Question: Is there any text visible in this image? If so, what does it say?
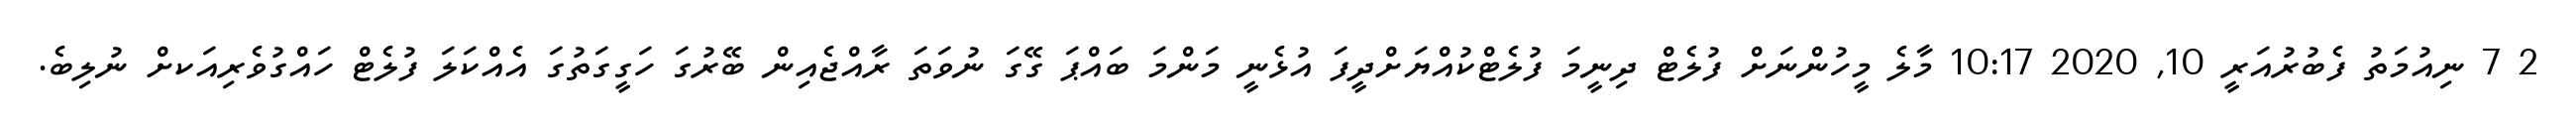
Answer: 2 7 ނިއުމަތު ފެބުރުއަރީ 10, 2020 10:17 މާލެ މީހުންނަށް ފުލެޓް ދިނީމަ ފުލެޓްކުއްޔަށްދީފަ އުޅެނީ މަންމަ ބައްޕަ ގޭގަ ނުވަތަ ރާއްޖެއިން ބޭރުގަ ހަގީގަތުގަ އެއްކަލަ ފުލެޓް ހައްގުވެރިއަކށް ނުލިބެ.